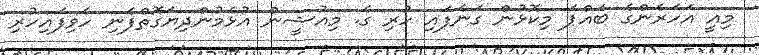
މިއީ އަހަރެންގެ ބައްޕަ މިކޮޅުން ގަނެފައި ހުރި ގެ. މިއުޝީން އުޅެމުންދިޔަގޮތްފެނި ހެވިފައިހުރި